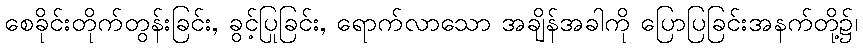
စေခိုင်းတိုက်တွန်းခြင်း, ခွင့်ပြုခြင်း, ရောက်လာသော အချိန်အခါကို ပြောပြခြင်းအနက်တို့၌၊